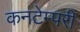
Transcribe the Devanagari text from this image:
कनटेम्परी